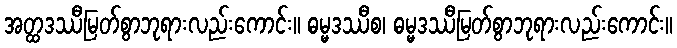
အတ္ထဒဿီမြတ်စွာဘုရားလည်းကောင်း။ ဓမ္မဒဿီစ၊ ဓမ္မဒဿီမြတ်စွာဘုရားလည်းကောင်း။